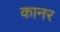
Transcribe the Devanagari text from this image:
कानर